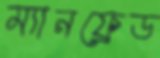
ম্যানফ্রেড